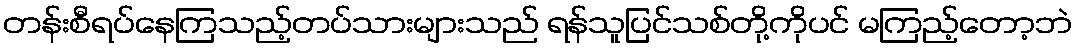
တန်းစီရပ်နေကြသည့်တပ်သားများသည် ရန်သူပြင်သစ်တို့ကိုပင် မကြည့်တော့ဘဲ